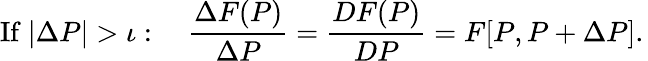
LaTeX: {\mathrm{If~}}|\Delta P|>{\mathit{\iota}}:\quad{\frac{\Delta F(P)}{\Delta P}}={\frac{DF(P)}{DP}}=F[P,P+\Delta P].\,